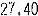
27.40